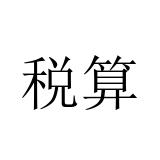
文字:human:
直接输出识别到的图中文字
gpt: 税算